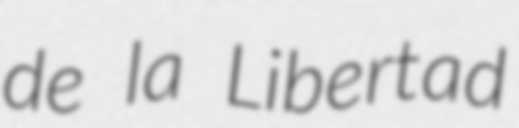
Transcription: de la Libertad